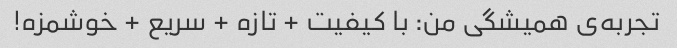
تجربه‌ی همیشگی من: با کیفیت + تازه + سریع + خوشمزه!